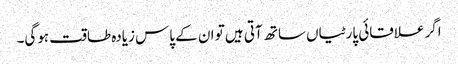
اگر علاقائی پارٹیاں ساتھ آتی ہیں تو ان کے پاس زیادہ طاقت ہوگی۔